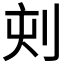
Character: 𠜇